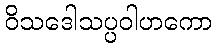
ဝိသဒေါသပ္ပဝါဟကော